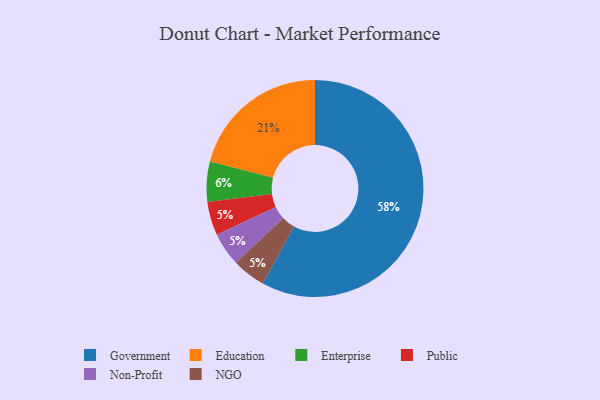
{"axis": {"x": "Category", "y": "Percentage"}, "legend": ["Education", "Enterprise", "Government", "NGO", "Non-Profit", "Public"], "data": [{"x": "Education", "y": 21, "type": "Education"}, {"x": "Enterprise", "y": 6, "type": "Enterprise"}, {"x": "Public", "y": 5, "type": "Public"}, {"x": "Government", "y": 58, "type": "Government"}, {"x": "Non-Profit", "y": 5, "type": "Non-Profit"}, {"x": "NGO", "y": 5, "type": "NGO"}]}